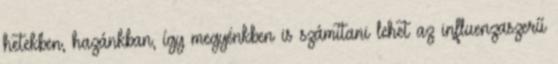
hetekben, hazánkban, így megyénkben is számítani lehet az influenzaszerű